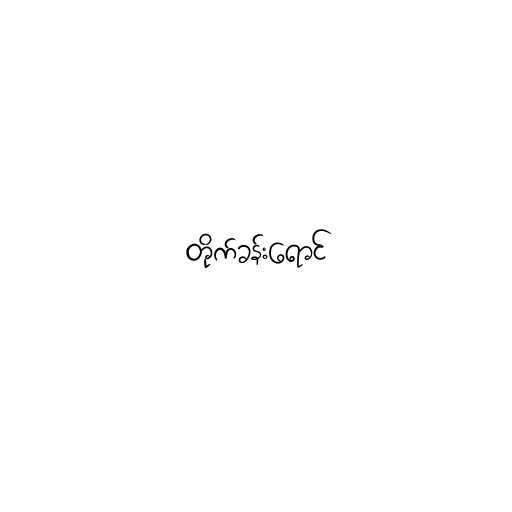
တိုက်ခန်းရောင်